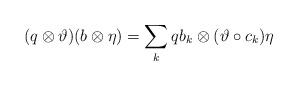
LaTeX: \begin{align*}(q\otimes \vartheta )(b \otimes \eta)=\sum_{k} qb_k \otimes(\vartheta \circ c_k )\eta\end{align*}